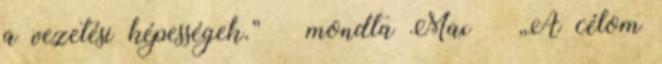
a vezetési képességek.” – mondta Max – „A célom